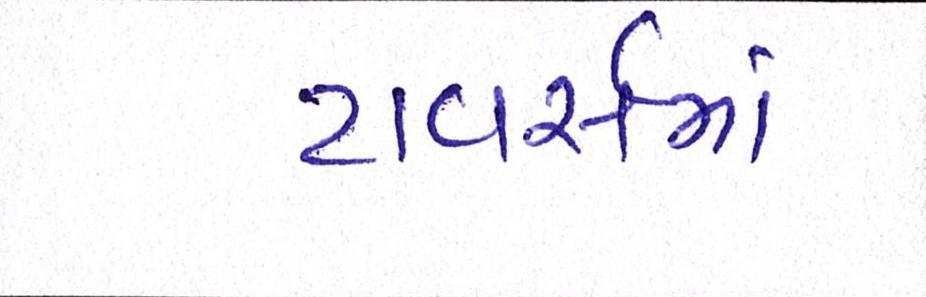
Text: ટાવર્સમાં